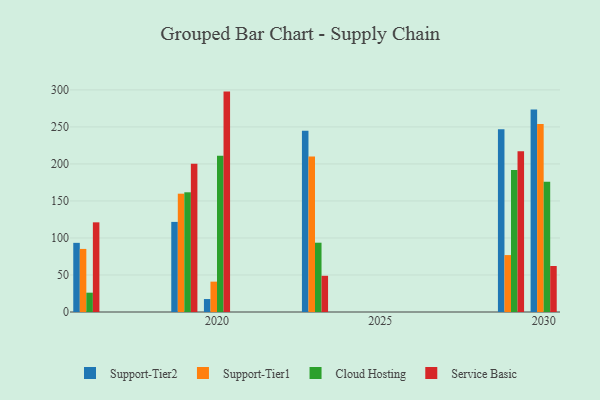
{"axis": {"x": "Year", "y": "Active Users"}, "legend": ["Cloud Hosting", "Service Basic", "Support-Tier1", "Support-Tier2"], "data": [{"x": "2020", "y": 17.5, "type": "Support-Tier2"}, {"x": "2020", "y": 41.0, "type": "Support-Tier1"}, {"x": "2020", "y": 211.0, "type": "Cloud Hosting"}, {"x": "2020", "y": 297.7, "type": "Service Basic"}, {"x": "2029", "y": 246.9, "type": "Support-Tier2"}, {"x": "2029", "y": 76.9, "type": "Support-Tier1"}, {"x": "2029", "y": 191.7, "type": "Cloud Hosting"}, {"x": "2029", "y": 217.2, "type": "Service Basic"}, {"x": "2019", "y": 121.7, "type": "Support-Tier2"}, {"x": "2019", "y": 159.8, "type": "Support-Tier1"}, {"x": "2019", "y": 161.7, "type": "Cloud Hosting"}, {"x": "2019", "y": 200.1, "type": "Service Basic"}, {"x": "2023", "y": 244.8, "type": "Support-Tier2"}, {"x": "2023", "y": 210.2, "type": "Support-Tier1"}, {"x": "2023", "y": 93.6, "type": "Cloud Hosting"}, {"x": "2023", "y": 48.9, "type": "Service Basic"}, {"x": "2016", "y": 93.4, "type": "Support-Tier2"}, {"x": "2016", "y": 85.2, "type": "Support-Tier1"}, {"x": "2016", "y": 26.1, "type": "Cloud Hosting"}, {"x": "2016", "y": 121.1, "type": "Service Basic"}, {"x": "2030", "y": 273.5, "type": "Support-Tier2"}, {"x": "2030", "y": 254.0, "type": "Support-Tier1"}, {"x": "2030", "y": 176.0, "type": "Cloud Hosting"}, {"x": "2030", "y": 62.1, "type": "Service Basic"}]}